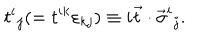
t ^ { i } { } _ { j } ( = t ^ { i k } \varepsilon _ { k j } ) \equiv i \vec { t } \cdot \vec { \sigma } ^ { i } { } _ { j } .